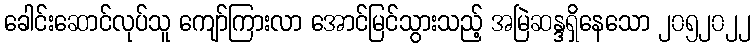
ခေါင်းဆောင်လုပ်သူ ကျော်ကြားလာ အောင်မြင်သွားသည့် အမြဲဆန္ဒရှိနေသော ၂၀၅၂၀၂၂